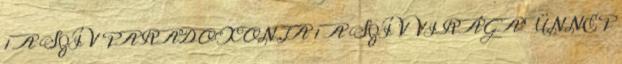
1 A SZÍV PARADOXONJA 1 A SZÍV VIRÁGA ÜNNEP